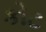
કોટ